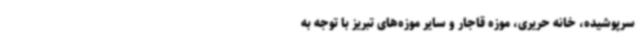
سرپوشیده، خانه حریری، موزه قاجار و سایر موزه‌های تبریز با توجه به